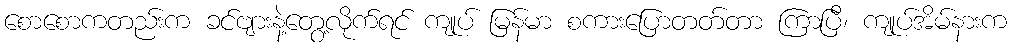
စောစောကတည်းက ခင်ဗျားနဲ့တွေ့လိုက်ရင် ကျုပ် မြန်မာ စကားပြောတတ်တာ ကြာပြီ၊ ကျုပ်အိမ်နားက